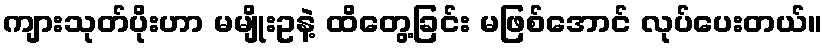
ကျားသုတ်ပိုးဟာ မမျိုးဥနဲ့ ထိတွေ့ခြင်း မဖြစ်အောင် လုပ်ပေးတယ်။